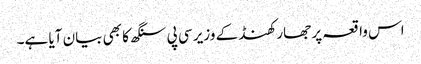
اس واقعہ پر جھارکھنڈ کے وزیر سی پی سنگھ کا بھی بیان آیا ہے۔